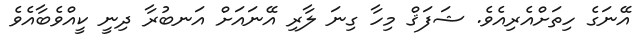
އޭނަގެ ހިތަށްއެރިއެވެ. ޝަފަޤް މިހާ ގިނަ ލާރި އޭނައަށް އަނބުރާ ދިނީ ކީއްވެބާއެވެ